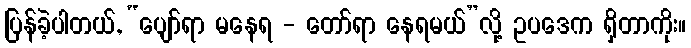
ပြန်ခဲ့ပါတယ်, “ပျော်ရာ မနေရ - တော်ရာ နေရမယ်”လို့ ဥပဒေက ရှိတာကိုး။